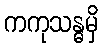
ကကုသန္ဓမှိ